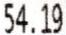
54.19